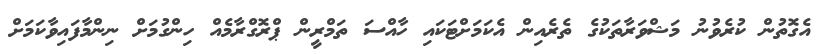
އެގޮތުން ކުރެވުނު މަޝްވަރާތަކުގެ ތެރެއިން އެކަމަށްޓަކައި ހާއްސަ ތަމްރީން ޕްރޮގްރާމެއް ހިންގުމަށް ނިންމާފައިވާކަމަށް